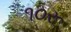
૧૦રૂ